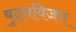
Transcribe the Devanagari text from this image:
बुद्धविजय